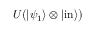
U { \big ( } | \psi _ { 1 } \rangle \otimes | { \mathrm { i n } } \rangle { \big ) }